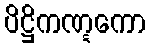
ပိဋ္ဌိကဏ္ဋကော